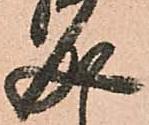
成